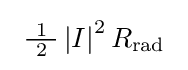
{\textstyle \ {\tfrac {\ 1\ }{2}}\left|I\right|^{2}R_{\text{rad}}\ }